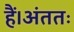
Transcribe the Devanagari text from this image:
हैं।अंततः